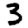
Digit: 3